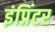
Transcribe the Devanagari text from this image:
इंप्रिंटर